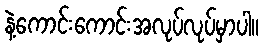
နဲ့ကောင်းကောင်းအလုပ်လုပ်မှာပါ။